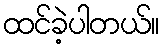
ထင်ခဲ့ပါတယ်။